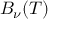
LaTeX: B _ { \nu } ( T )